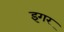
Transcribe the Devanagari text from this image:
इगर